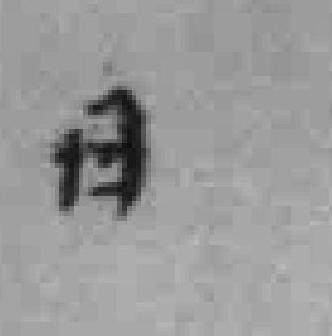
日